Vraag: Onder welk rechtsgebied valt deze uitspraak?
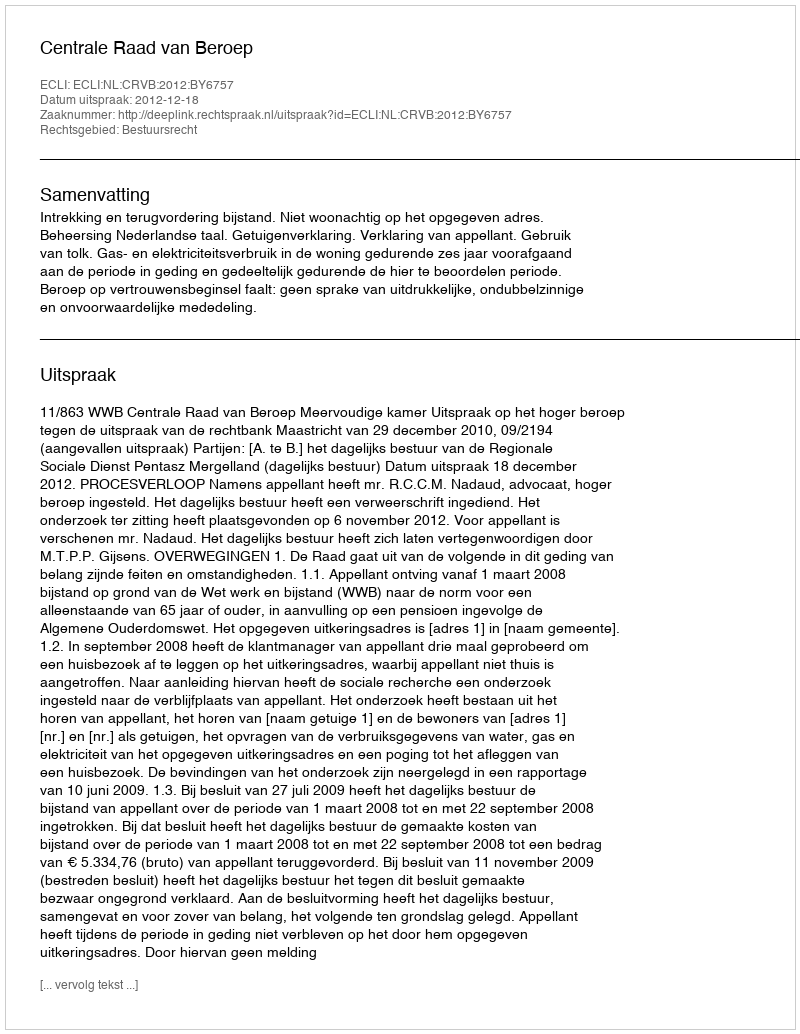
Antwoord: Bestuursrecht